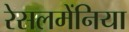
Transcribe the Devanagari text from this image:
रेसलमेंनिया